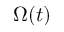
\Omega ( t )